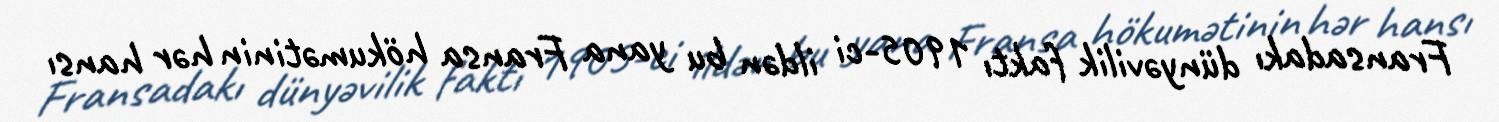
Fransadakı dünyəvilik faktı 1905-ci ildən bu yana Fransa hökumətinin hər hansı